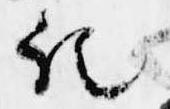
記